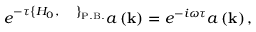
e ^ { - \tau \left\{ H _ { 0 } , \; \; \; \; \; \right\} _ { \mathrm { P . B . } } } a \left( { \bf k } \right) = e ^ { - i \omega \tau } a \left( { \bf k } \right) ,